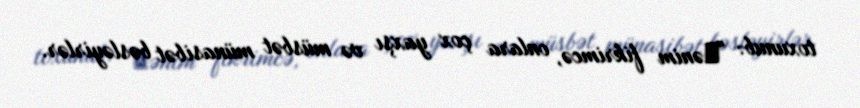
toxunub: "Мənim fikrimcə, onlara çox yaxşı və müsbət münasibət bəsləyirlər.